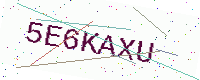
Text: 5E6KAXU